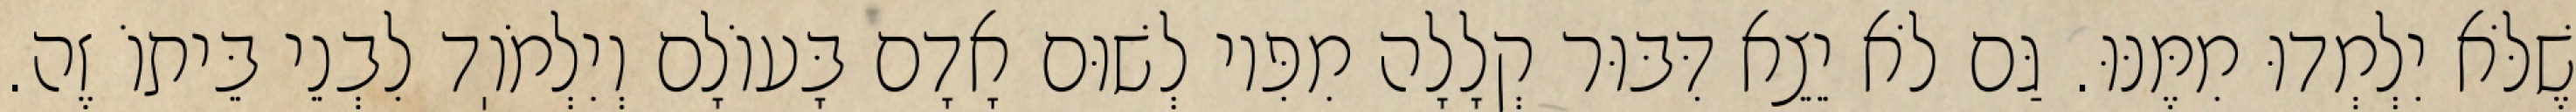
שֶׁלֹּא יִלְמְדוּ מִמֶּנּוּ. גַּם לֹא יֵצֵא דִּבּוּר קְלָלָה מִפִּיו לְשׁוּם אָדָם בָּעוֹלָם וְיִלְמֹוֽד לִבְנֵי בֵּיתוֹ זֶה.